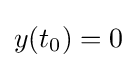
y(t_{0})=0